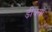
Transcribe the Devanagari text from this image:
ड़ीक्सों